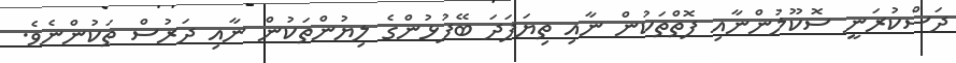
ދަސްކުރަނީ ސޮކޫލުންނާއި ފޮތްތަކުން ނާއި ތިޔަފަދަ ބޭފުޅުންގެ ލިޔުންތަކުން ނާއި ދަރުސް ތަކުންނެވެ.